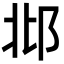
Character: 邶